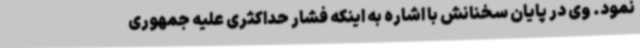
نمود. وی در پایان سخنانش با اشاره به اینکه فشار حداکثری علیه جمهوری